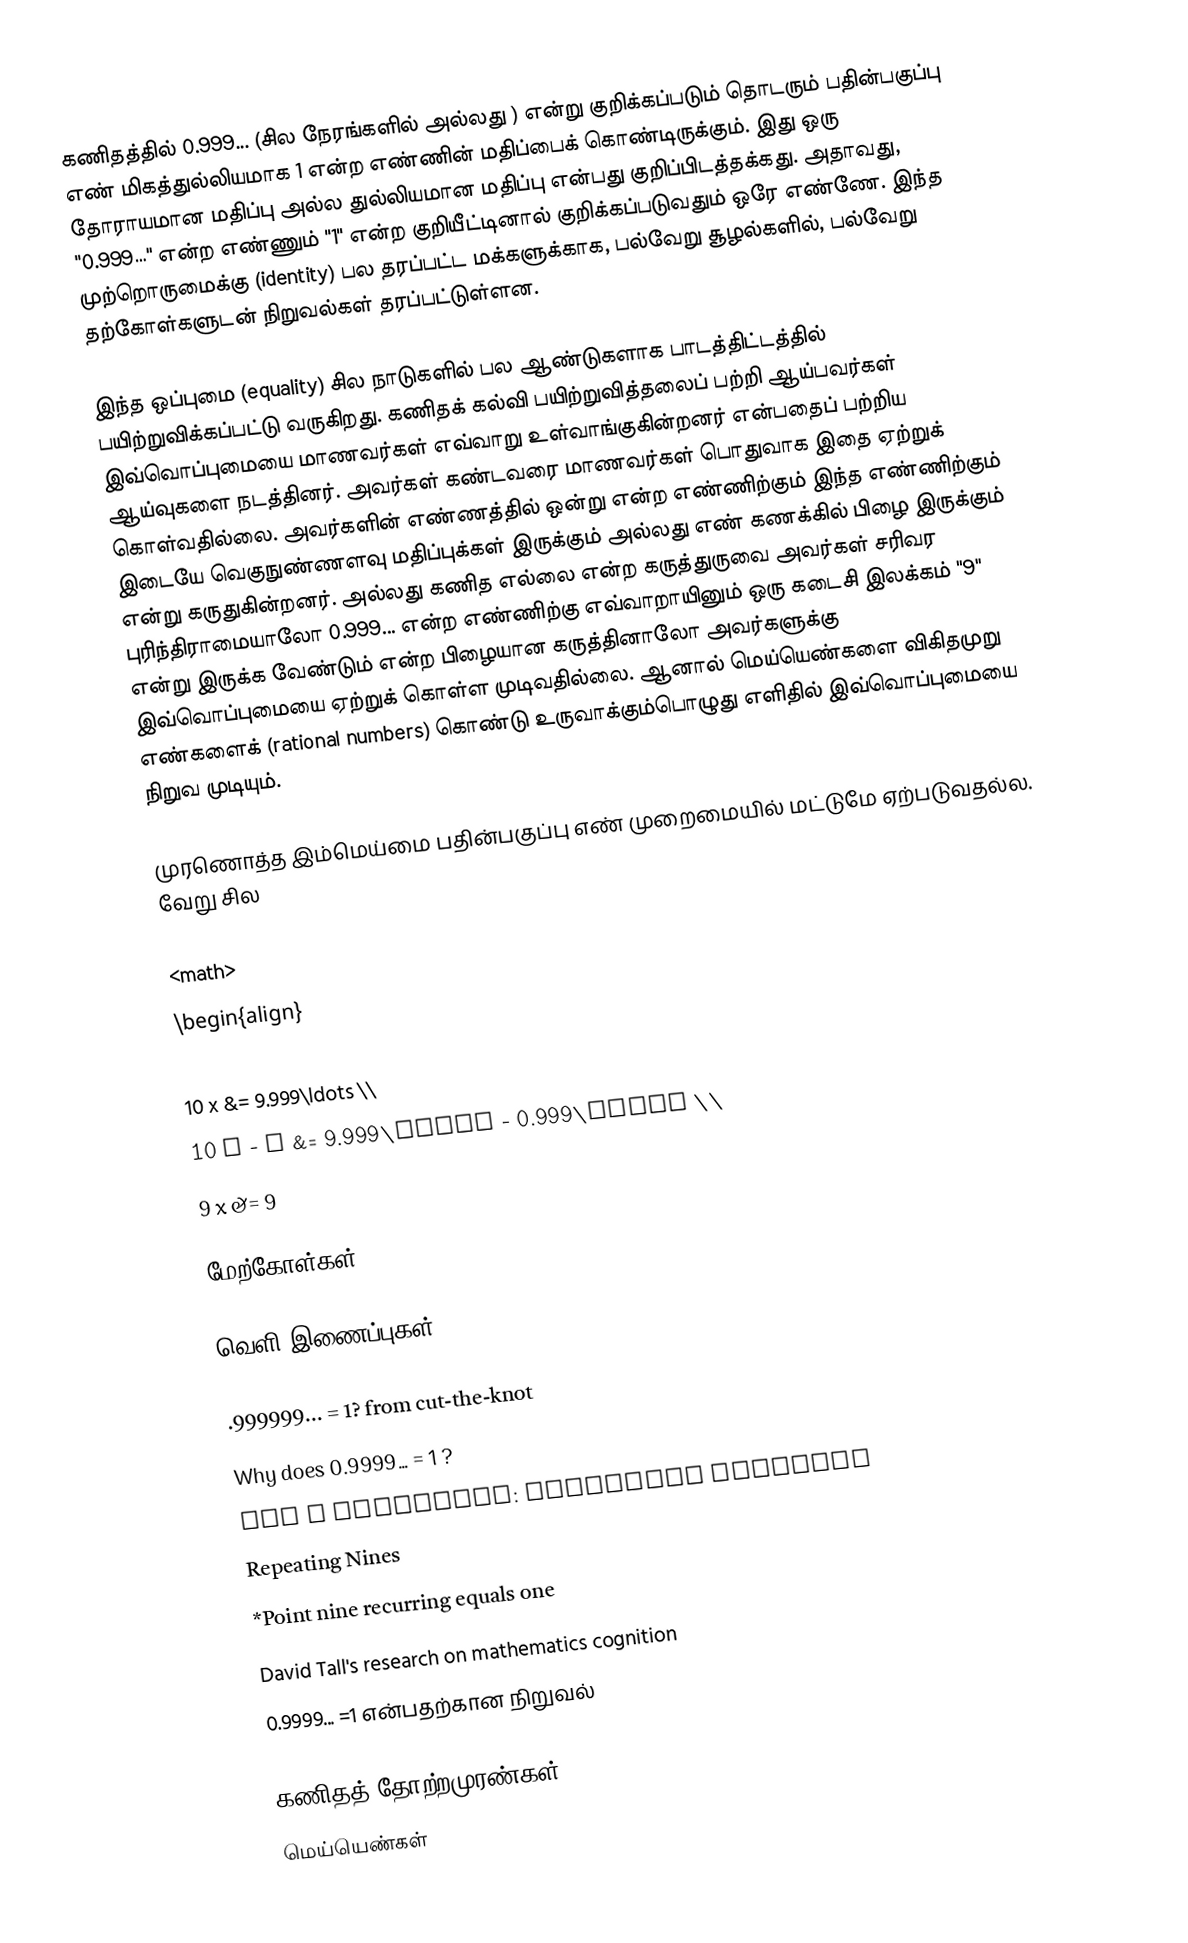
கணிதத்தில் 0.999... (சில நேரங்களில்  அல்லது ) என்று குறிக்கப்படும் தொடரும் பதின்பகுப்பு எண் மிகத்துல்லியமாக 1 என்ற எண்ணின் மதிப்பைக் கொண்டிருக்கும். இது ஒரு தோராயமான மதிப்பு அல்ல துல்லியமான மதிப்பு என்பது குறிப்பிடத்தக்கது. அதாவது, "0.999…" என்ற எண்ணும் "1" என்ற குறியீட்டினால் குறிக்கப்படுவதும் ஒரே எண்ணே. இந்த முற்றொருமைக்கு (identity) பல தரப்பட்ட மக்களுக்காக, பல்வேறு சூழல்களில், பல்வேறு தற்கோள்களுடன் நிறுவல்கள் தரப்பட்டுள்ளன.

இந்த ஒப்புமை (equality) சில நாடுகளில் பல ஆண்டுகளாக பாடத்திட்டத்தில் பயிற்றுவிக்கப்பட்டு வருகிறது. கணிதக் கல்வி பயிற்றுவித்தலைப் பற்றி ஆய்பவர்கள் இவ்வொப்புமையை மாணவர்கள் எவ்வாறு உள்வாங்குகின்றனர் என்பதைப் பற்றிய ஆய்வுகளை நடத்தினர். அவர்கள் கண்டவரை மாணவர்கள் பொதுவாக இதை ஏற்றுக் கொள்வதில்லை. அவர்களின் எண்ணத்தில் ஒன்று என்ற எண்ணிற்கும் இந்த எண்ணிற்கும் இடையே வெகுநுண்ணளவு மதிப்புக்கள் இருக்கும் அல்லது எண் கணக்கில் பிழை இருக்கும் என்று கருதுகின்றனர். அல்லது கணித எல்லை என்ற கருத்துருவை அவர்கள் சரிவர புரிந்திராமையாலோ 0.999... என்ற எண்ணிற்கு எவ்வாறாயினும் ஒரு கடைசி இலக்கம் "9" என்று இருக்க வேண்டும் என்ற பிழையான கருத்தினாலோ அவர்களுக்கு இவ்வொப்புமையை ஏற்றுக் கொள்ள முடிவதில்லை. ஆனால் மெய்யெண்களை விகிதமுறு எண்களைக் (rational numbers) கொண்டு உருவாக்கும்பொழுது எளிதில் இவ்வொப்புமையை நிறுவ முடியும்.

முரணொத்த இம்மெய்மை பதின்பகுப்பு எண் முறைமையில் மட்டுமே ஏற்படுவதல்ல. வேறு சில

<math>
\begin{align}
x           &= 0.999\ldots \\
10 x       &= 9.999\ldots \\
10 x - x    &= 9.999\ldots - 0.999\ldots \\
9 x         &= 9

மேற்கோள்கள்

வெளி இணைப்புகள்

 .999999... = 1? from cut-the-knot
 Why does 0.9999… = 1 ?
 Ask A Scientist: Repeating Decimals
 Repeating Nines
*Point nine recurring equals one
 David Tall's research on mathematics cognition
 0.9999... =1 என்பதற்கான நிறுவல்

கணிதத் தோற்றமுரண்கள்
மெய்யெண்கள்